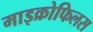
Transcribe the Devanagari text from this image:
माइक्रोफिलस